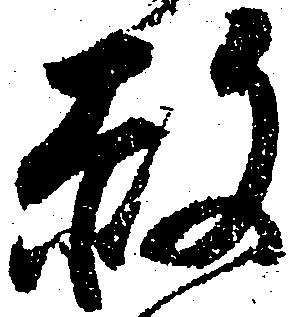
赦